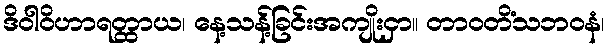
ဒိဝါဝိဟာရတ္ထာယ၊ နေ့သန့်ခြင်းအကျိုးငှာ။ တာဝတိံသဘဝနံ၊